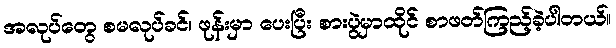
အလုပ်တွေ စမလုပ်ခင်၊ ဖုန်းမှာ ပေးပြီး စားပွဲမှာထိုင် စာဖတ်ကြည့်ခဲ့ပါတယ်။